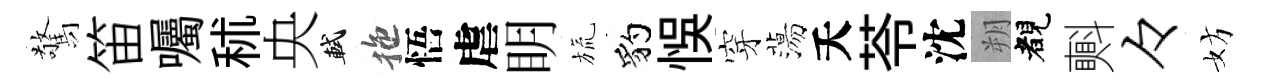
驚笛囑秫央軾拖悟虐眀旒豹悞穿蕩夭苓沈朔睹㪺々妨